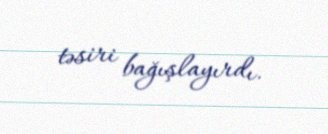
təsiri bağışlayırdı.